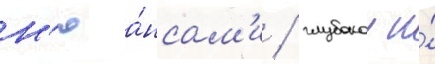
н'юа́нсам'и / глубокои и́